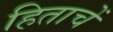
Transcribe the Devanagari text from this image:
हिताचें